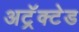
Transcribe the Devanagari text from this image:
अट्रॅक्टेड